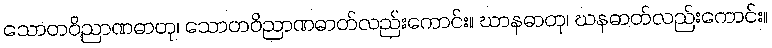
သောတဝိညာဏဓာတု၊ သောတဝိညာဏဓာတ်လည်းကောင်း။ ဃာနဓာတု၊ ဃနဓာတ်လည်းကောင်း။